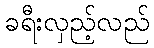
ခရီးလှည့်လည်